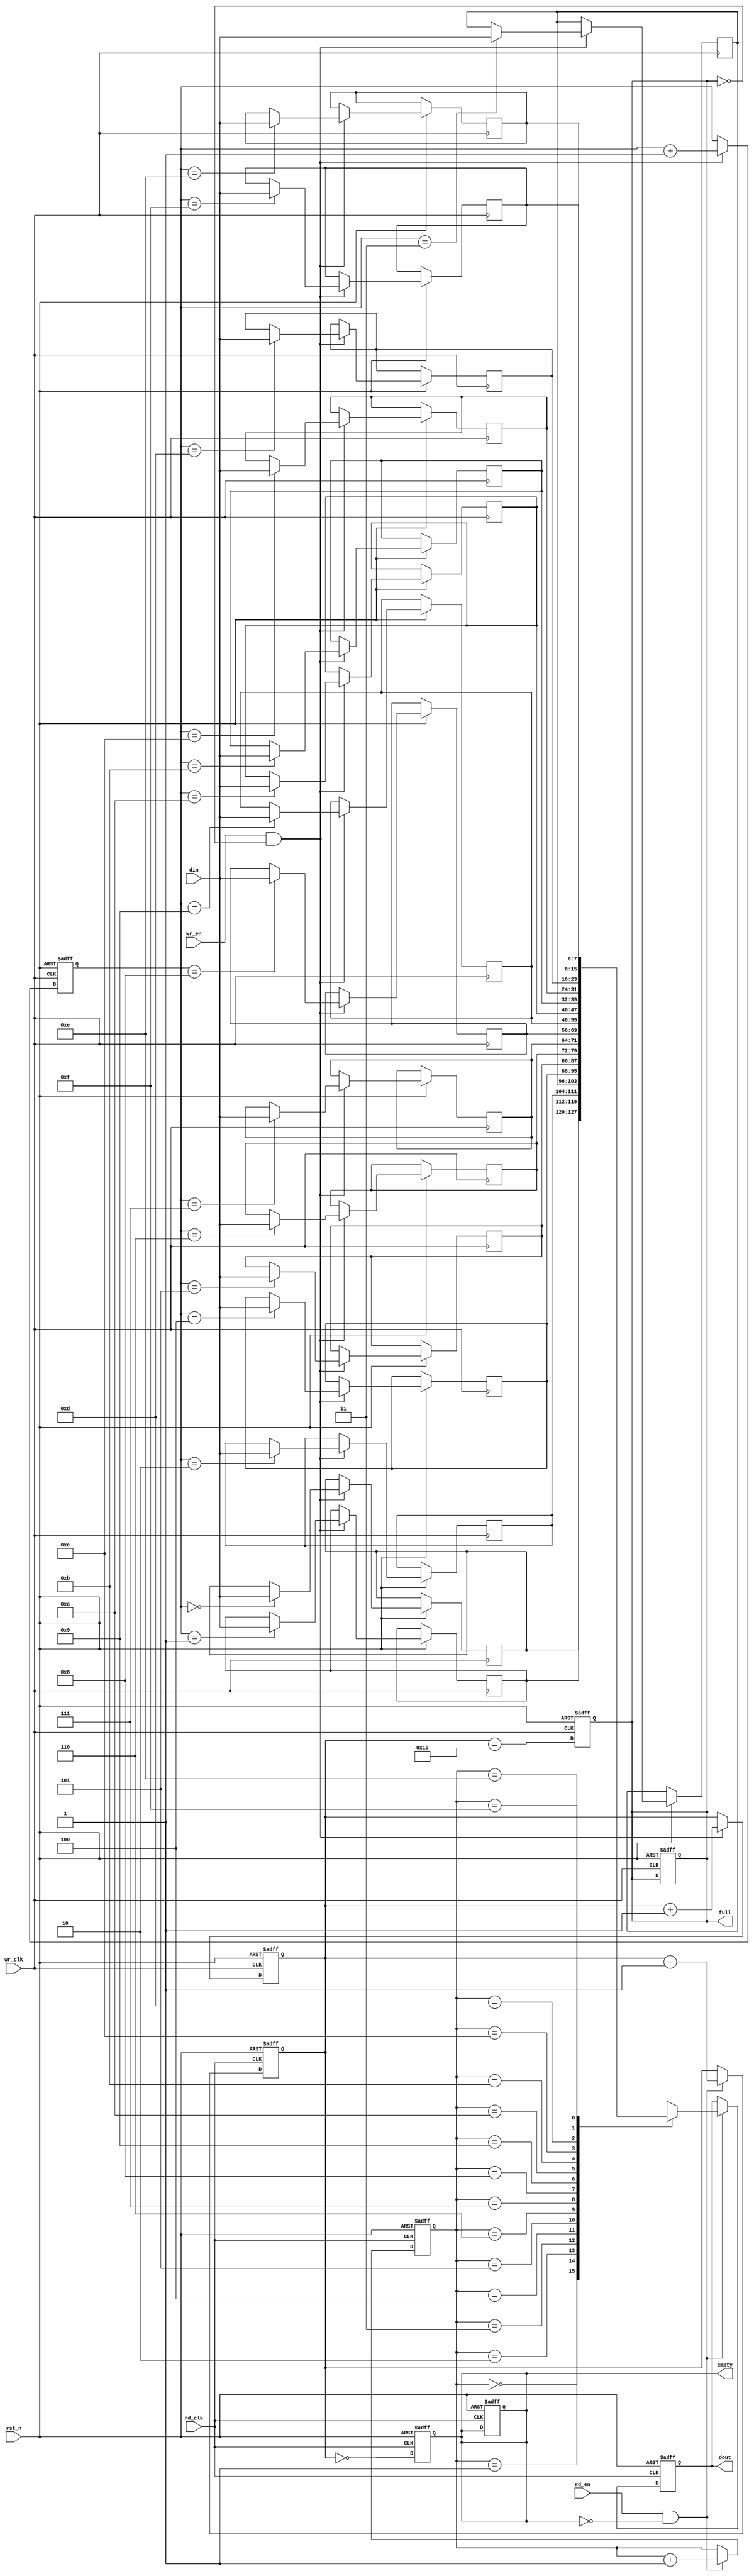
module async_fifo #(
    parameter DATA_WIDTH = 8,  // Width of the data
    parameter FIFO_DEPTH = 16   // Depth of the FIFO (must be a power of 2)
) (
    input wire wr_clk,           // Write clock
    input wire rd_clk,           // Read clock
    input wire rst_n,            // Asynchronous reset (active low)
    input wire wr_en,            // Write enable
    input wire rd_en,            // Read enable
    input wire [DATA_WIDTH-1:0] din, // Data input
    output reg [DATA_WIDTH-1:0] dout, // Data output
    output reg full,             // FIFO full flag
    output reg empty             // FIFO empty flag
);

    // Memory array
    reg [DATA_WIDTH-1:0] fifo_mem [0:FIFO_DEPTH-1];

    // Write and read pointers
    reg [$clog2(FIFO_DEPTH)-1:0] wr_ptr;
    reg [$clog2(FIFO_DEPTH)-1:0] rd_ptr;
    reg [$clog2(FIFO_DEPTH):0] count; // Count of items in FIFO

    // Asynchronous reset
    always @(posedge wr_clk or negedge rst_n) begin
        if (!rst_n) begin
            wr_ptr <= 0;
            count <= 0;
            full <= 0;
        end else begin
            if (wr_en && !full) begin
                fifo_mem[wr_ptr] <= din; // Write data
                wr_ptr <= wr_ptr + 1'b1; // Increment write pointer
                count <= count + 1'b1;    // Increment count
            end
        end
    end

    always @(posedge rd_clk or negedge rst_n) begin
        if (!rst_n) begin
            rd_ptr <= 0;
            dout <= 0;
            count <= 0;
            empty <= 1;
        end else begin
            if (rd_en && !empty) begin
                dout <= fifo_mem[rd_ptr]; // Read data
                rd_ptr <= rd_ptr + 1'b1;  // Increment read pointer
                count <= count - 1'b1;    // Decrement count
            end
        end
    end

    // Full and empty flag logic
    always @(posedge wr_clk or negedge rst_n) begin
        if (!rst_n) begin
            full <= 0;
        end else begin
            full <= (count == FIFO_DEPTH);
        end
    end

    always @(posedge rd_clk or negedge rst_n) begin
        if (!rst_n) begin
            empty <= 1;
        end else begin
            empty <= (count == 0);
        end
    end

endmodule